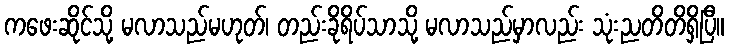
ကဖေးဆိုင်သို့ မလာသည်မဟုတ်၊ တည်းခိုရိပ်သာသို့ မလာသည်မှာလည်း သုံးညတိတိရှိပြီ။